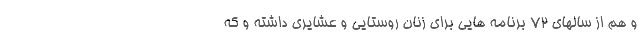
و هم از سالهای ۷۲ برنامه هایی برای زنان روستایی و عشایری داشته و که